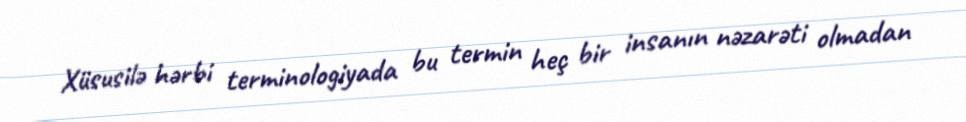
Xüsusilə hərbi terminologiyada bu termin heç bir insanın nəzarəti olmadan